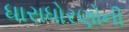
ધારાધોરણોની